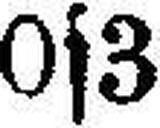
0s3